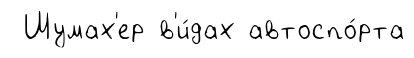
Шумах'ер в'и́дах автоспо́рта